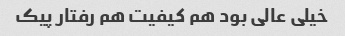
خیلی عالی بود هم کیفیت هم رفتار پیک